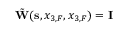
\tilde { \bf W } ( { \bf s } , x _ { 3 , F } , x _ { 3 , F } ) = { \bf I }